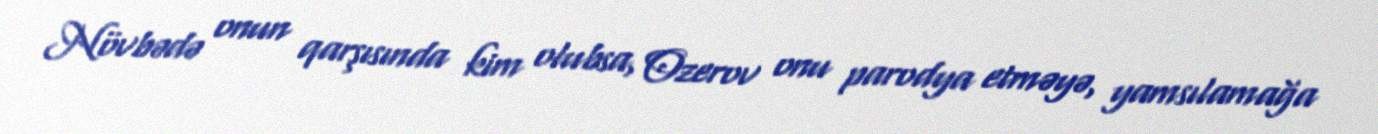
Növbədə onun qarşısında kim olubsa, Ozerov onu parodya etməyə, yamsılamağa